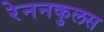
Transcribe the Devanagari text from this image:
रेननकुलस